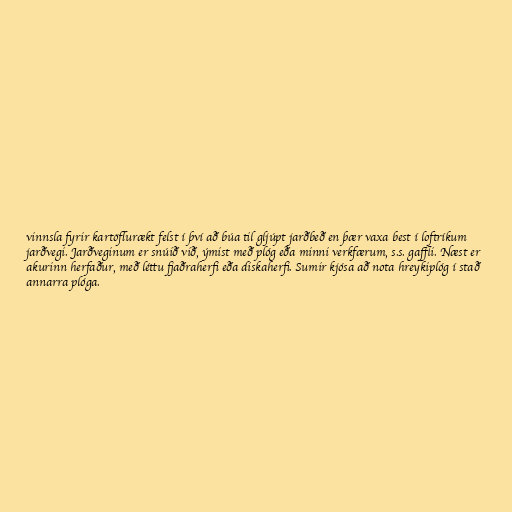
vinnsla fyrir kartöflurækt felst í því að búa til gljúpt jarðbeð en þær vaxa best í loftríkum
jarðvegi. Jarðveginum er snúið við, ýmist með plóg eða minni verkfærum, s.s. gaffli. Næst er
akurinn herfaður, með léttu fjaðraherfi eða diskaherfi. Sumir kjósa að nota hreykiplóg í stað
annarra plóga.